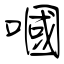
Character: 嘓